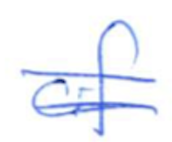
Text: of
Cross-out: double-line
Writing tool: ballpoint